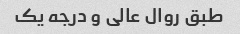
طبق روال عالی و درجه یک